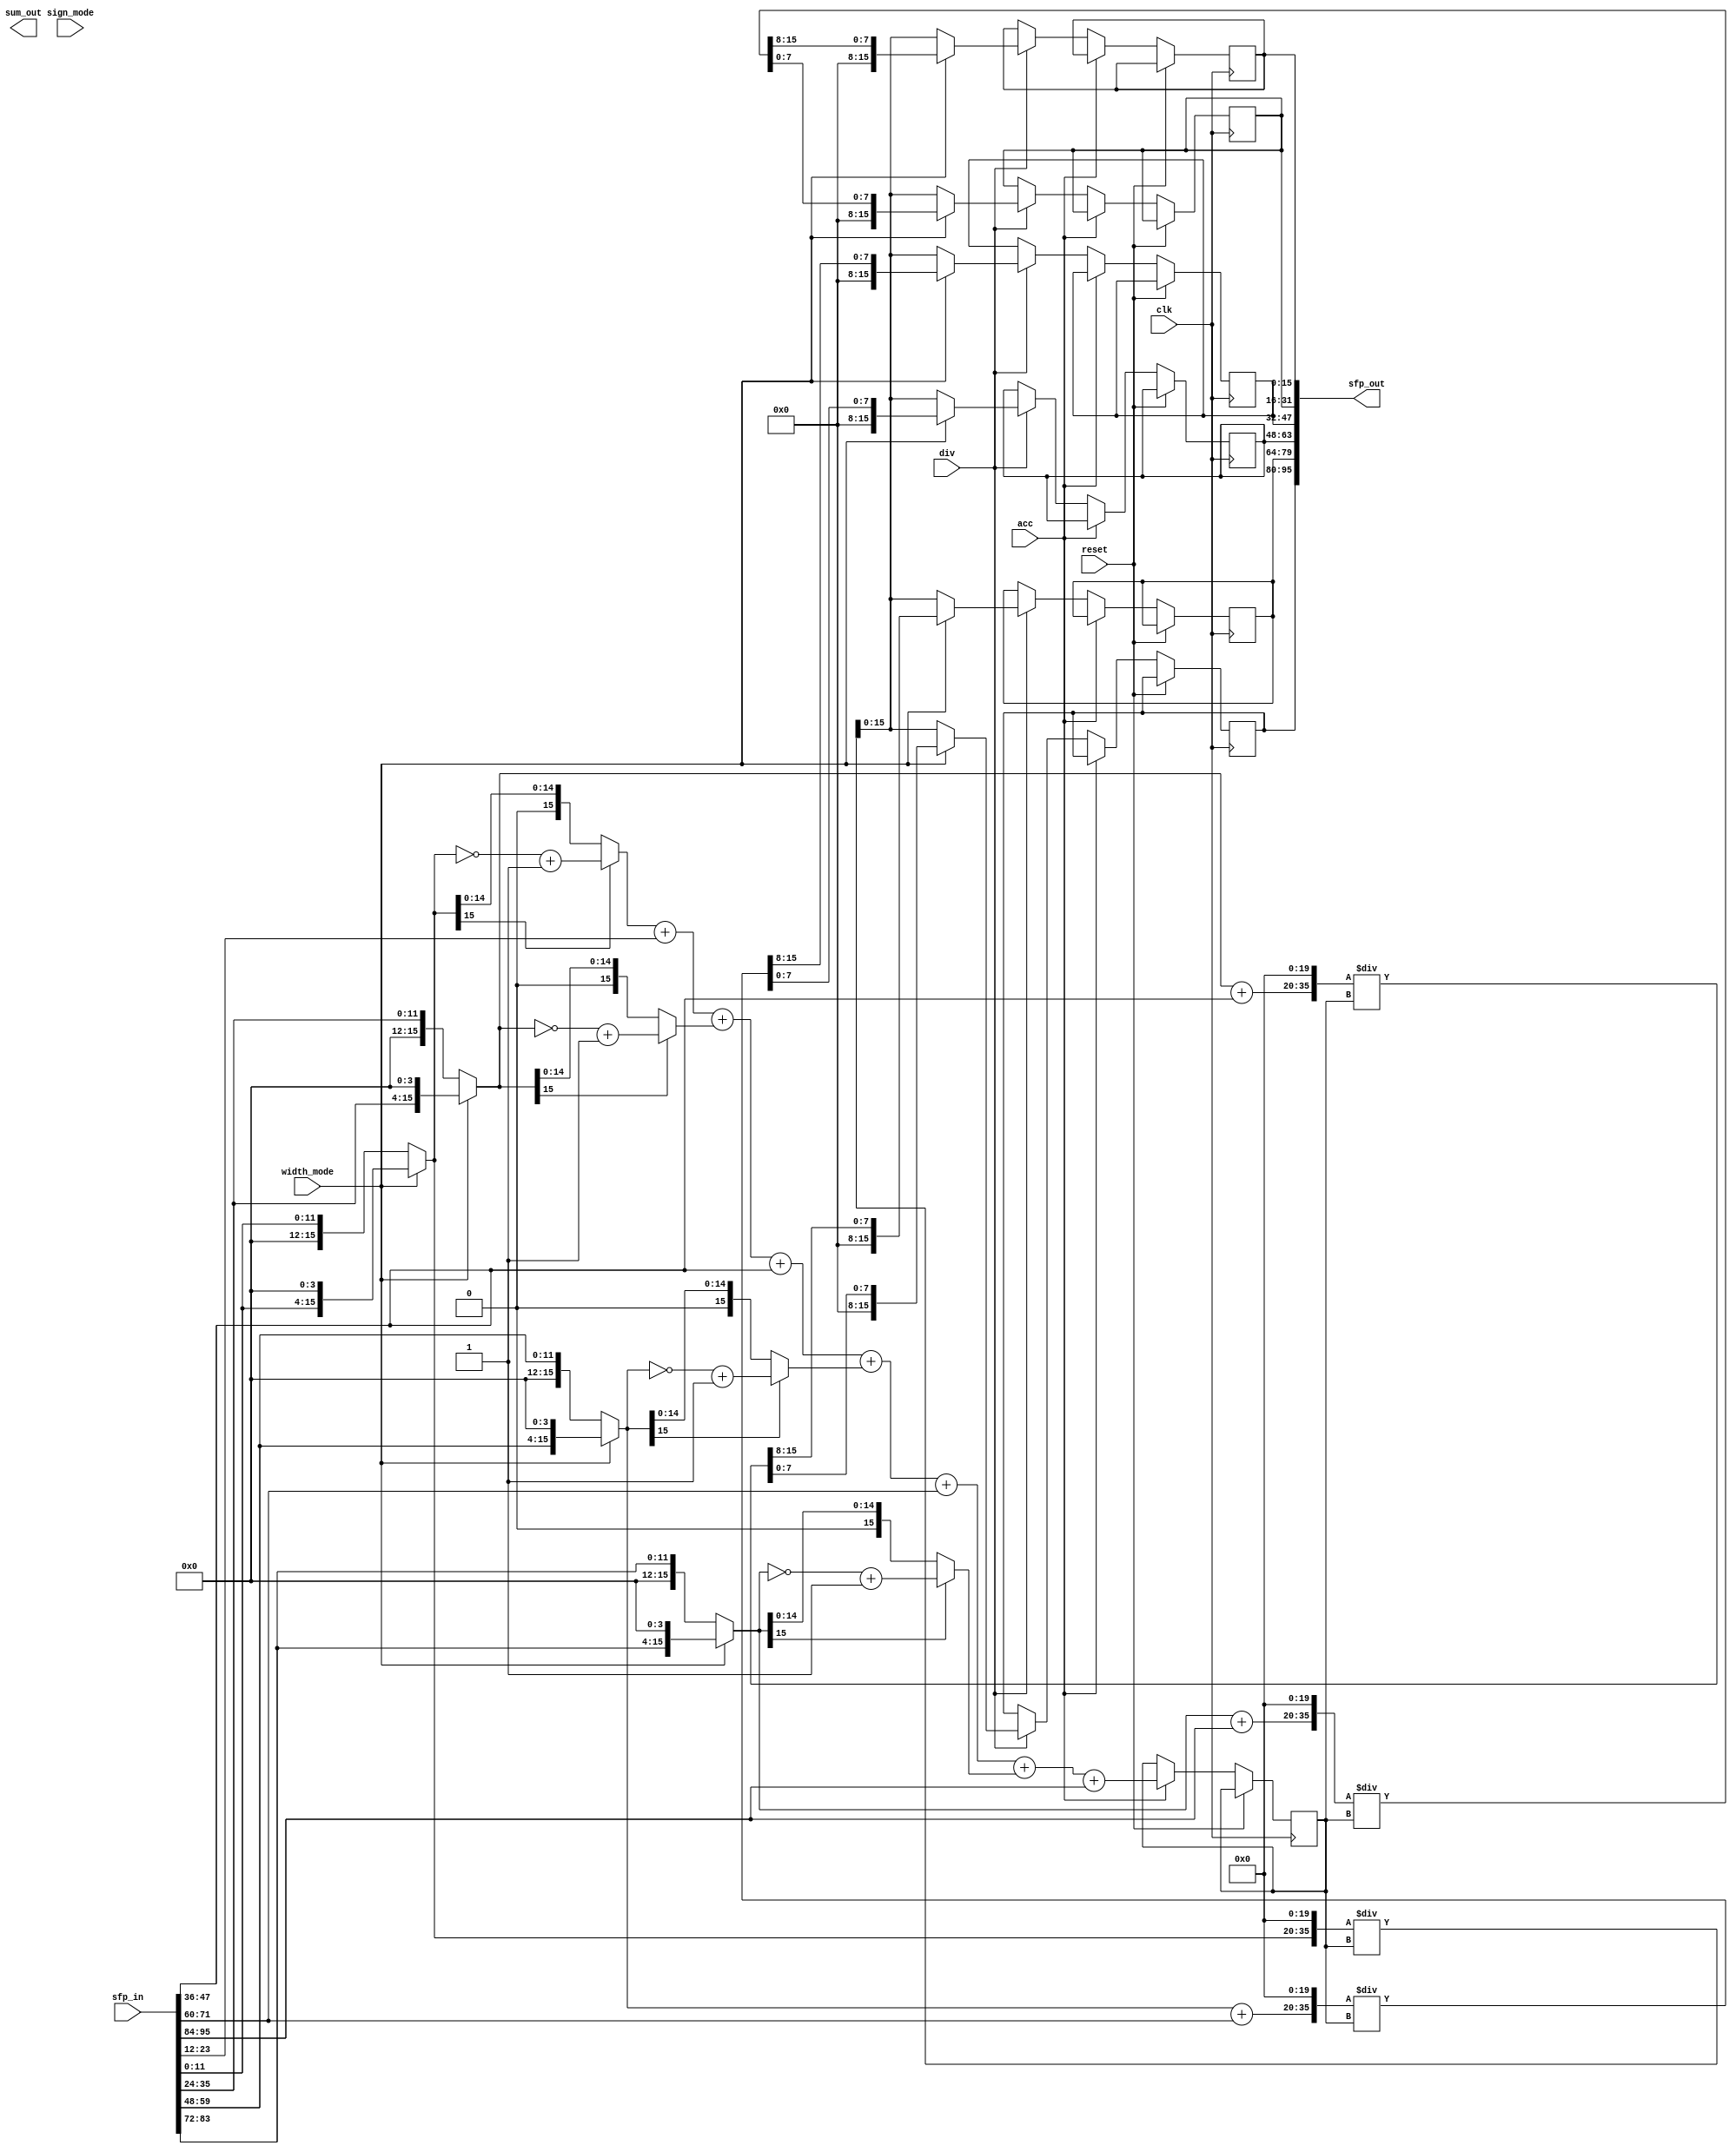
// Created by prof. Mingu Kang @VVIP Lab in UCSD ECE department
// Please do not spread this code without permission 
module sfu (clk, reset, width_mode, acc, div, sign_mode, sum_out, sfp_in, sfp_out);

    parameter col = 8;
    parameter bw = 4;
    parameter bw_psum = 2*bw+4; //12

    input  clk, div, acc, reset;
    
    input width_mode, sign_mode;

    input  [col*bw_psum-1:0] sfp_in; //95:0
    output [col*bw_psum-1:0] sfp_out; //95:0

    output [bw_psum+6:0] sum_out;

    //assign sfp_out = sfp_in;

    reg [bw_psum+7:0] sum_q; //19:0
    reg fifo_wr;
    reg div_q;
    wire [bw_psum+3:0] sum_this_core; // 15:0
    wire  [col*(bw_psum+4)-1:0] abs; //95:0 12 each
    //wire  [col*bw_psum-1:0] sfp_in_width8; //95:0 

    wire  [bw_psum+3:0] sfp_in_0_width8; //15:0
    wire  [bw_psum+3:0] sfp_in_1_width8;
    wire  [bw_psum+3:0] sfp_in_2_width8;
    wire  [bw_psum+3:0] sfp_in_3_width8;
    wire  [bw_psum+3:0] sfp_in_4_width8;
    wire  [bw_psum+3:0] sfp_in_5_width8;
    wire  [bw_psum+3:0] sfp_in_6_width8;
    wire  [bw_psum+3:0] sfp_in_7_width8;

    reg  [bw_psum+3:0] sfp_norm_0_width8; //15:0
    reg  [bw_psum+3:0] sfp_norm_1_width8;
    reg  [bw_psum+3:0] sfp_norm_2_width8;
    reg  [bw_psum+3:0] sfp_norm_3_width8;
    reg  [bw_psum+3:0] sfp_norm_4_width8;
    reg  [bw_psum+3:0] sfp_norm_5_width8;
    reg  [bw_psum+3:0] sfp_norm_6_width8;
    reg  [bw_psum+3:0] sfp_norm_7_width8;

    assign sfp_in_0_width8 = width_mode ? sfp_in[bw_psum * 1 - 1 : bw_psum * 0] << 4: sfp_in[bw_psum * 1 - 1 : bw_psum * 0];
    assign sfp_in_1_width8 = sfp_in[bw_psum * 2 - 1 : bw_psum * 1];
    assign sfp_in_2_width8 = width_mode ? sfp_in[bw_psum * 3 - 1 : bw_psum * 2] << 4: sfp_in[bw_psum * 3 - 1 : bw_psum * 2];
    assign sfp_in_3_width8 = sfp_in[bw_psum * 4 - 1 : bw_psum * 3];
    assign sfp_in_4_width8 = width_mode ? sfp_in[bw_psum * 5 - 1 : bw_psum * 4] << 4: sfp_in[bw_psum * 5 - 1 : bw_psum * 4];
    assign sfp_in_5_width8 = sfp_in[bw_psum * 6 - 1 : bw_psum * 5];
    assign sfp_in_6_width8 = width_mode ? sfp_in[bw_psum * 7 - 1 : bw_psum * 6] << 4: sfp_in[bw_psum * 7 - 1 : bw_psum * 6];
    assign sfp_in_7_width8 = sfp_in[bw_psum * 8 - 1 : bw_psum * 7];

  //assign sum_out = sfp_in_0_width8 + sfp_in_1_width8 + sfp_in_2_width8 + sfp_in_3_width8 + sfp_in_4_width8 + sfp_in_5_width8 + sfp_in_6_width8 + sfp_in_7_width8;

  assign abs[(bw_psum+4)*1-1 : (bw_psum+4)*0] = (sfp_in_0_width8[bw_psum+3]) ?  (~sfp_in_0_width8 + 1)  :  sfp_in_0_width8 ;
  assign abs[(bw_psum+4)*2 -1: (bw_psum+4)*1] = (sfp_in_1_width8[bw_psum+3]) ?  (~sfp_in_1_width8 + 1)  :  sfp_in_1_width8;
  assign abs[(bw_psum+4)*3 -1: (bw_psum+4)*2] = (sfp_in_2_width8[bw_psum+3]) ?  (~sfp_in_2_width8 + 1)  :  sfp_in_2_width8;
  assign abs[(bw_psum+4)*4-1 : (bw_psum+4)*3] = (sfp_in_3_width8[bw_psum+3]) ?  (~sfp_in_3_width8 + 1)  :  sfp_in_3_width8;
  assign abs[(bw_psum+4)*5-1 : (bw_psum+4)*4] = (sfp_in_4_width8[bw_psum+3]) ?  (~sfp_in_4_width8 + 1)  :  sfp_in_4_width8;
  assign abs[(bw_psum+4)*6-1 : (bw_psum+4)*5] = (sfp_in_5_width8[bw_psum+3]) ?  (~sfp_in_5_width8 + 1)  :  sfp_in_5_width8;
  assign abs[(bw_psum+4)*7 -1: (bw_psum+4)*6] = (sfp_in_6_width8[bw_psum+3]) ?  (~sfp_in_6_width8 + 1)  :  sfp_in_6_width8;
  assign abs[(bw_psum+4)*8-1 : (bw_psum+4)*7] = (sfp_in_7_width8[bw_psum+3]) ?  (~sfp_in_7_width8 + 1)  :  sfp_in_7_width8;

  assign sfp_out = {sfp_norm_0_width8, sfp_norm_1_width8, sfp_norm_2_width8, sfp_norm_3_width8, sfp_norm_4_width8, sfp_norm_5_width8, sfp_norm_6_width8, sfp_norm_7_width8};

  wire [40:0] tmp0, tmp1, tmp2, tmp3;
  assign tmp0 = {(sfp_in_0_width8 + sfp_in_1_width8),20'b0} / sum_q;
  assign tmp1 = {(sfp_in_2_width8 + sfp_in_3_width8),20'b0} / sum_q;
  assign tmp2 = {(sfp_in_4_width8 + sfp_in_5_width8),20'b0} / sum_q;
  assign tmp3 = {(sfp_in_6_width8 + sfp_in_7_width8),20'b0} / sum_q;

always @ (posedge clk) begin
    if (reset) begin
      fifo_wr <= 0;
    end
    else begin
       div_q <= div ;
       if (acc) begin
      
         sum_q <= 
           {4'b0, abs[(bw_psum+4)*1-1 : (bw_psum+4)*0]} +
           {4'b0, abs[(bw_psum+4)*2-1 : (bw_psum+4)*1]} +
           {4'b0, abs[(bw_psum+4)*3-1 : (bw_psum+4)*2]} +
           {4'b0, abs[(bw_psum+4)*4-1 : (bw_psum+4)*3]} +
           {4'b0, abs[(bw_psum+4)*5-1 : (bw_psum+4)*4]} +
           {4'b0, abs[(bw_psum+4)*6-1 : (bw_psum+4)*5]} +
           {4'b0, abs[(bw_psum+4)*7-1 : (bw_psum+4)*6]} +
           {4'b0, abs[(bw_psum+4)*8-1 : (bw_psum+4)*7]} ;
         fifo_wr <= 1;
       end
       else begin
         fifo_wr <= 0;
   
         if (div) begin 
          if(!width_mode)begin //Width Mode 
           sfp_norm_0_width8 <= {sfp_in_0_width8,20'b0} / sum_q;
           sfp_norm_1_width8 <= {sfp_in_0_width8,20'b0} / sum_q;
           sfp_norm_2_width8 <= {sfp_in_0_width8,20'b0} / sum_q;
           sfp_norm_3_width8 <= {sfp_in_0_width8,20'b0} / sum_q;
           sfp_norm_4_width8 <= {sfp_in_0_width8,20'b0} / sum_q;
           sfp_norm_5_width8 <= {sfp_in_0_width8,20'b0} / sum_q;
           sfp_norm_6_width8 <= {sfp_in_0_width8,20'b0} / sum_q;
           sfp_norm_7_width8 <= {sfp_in_0_width8,20'b0} / sum_q;
          end
          else begin
           sfp_norm_0_width8 <= tmp0[(bw_psum+4)/2 - 1:0];
           sfp_norm_1_width8 <= tmp0[bw_psum+3:(bw_psum+4)/2];
           sfp_norm_2_width8 <= tmp1[(bw_psum+4)/2 - 1:0];
           sfp_norm_3_width8 <= tmp1[bw_psum+3:(bw_psum+4)/2];
           sfp_norm_4_width8 <= tmp2[(bw_psum+4)/2 - 1:0];
           sfp_norm_5_width8 <= tmp2[bw_psum+3:(bw_psum+4)/2];
           sfp_norm_6_width8 <= tmp3[(bw_psum+4)/2 - 1:0];
           sfp_norm_7_width8 <= tmp3[bw_psum+3:(bw_psum+4)/2];

         end

       end
   end
 end
end
endmodule